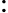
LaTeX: :